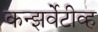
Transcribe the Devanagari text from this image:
कन्झर्वेटीव्ह